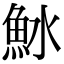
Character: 𬵆